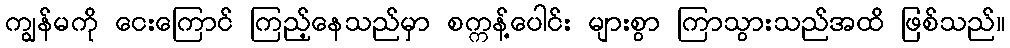
ကျွန်မကို ငေးကြောင် ကြည့်နေသည်မှာ စက္ကန့်ပေါင်း များစွာ ကြာသွားသည်အထိ ဖြစ်သည်။